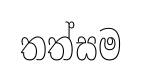
තත්සම